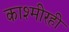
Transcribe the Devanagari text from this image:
काश्मीरही